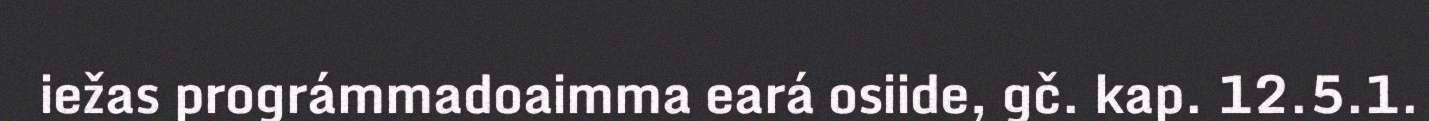
iežas prográmmadoaimma eará osiide, gč. kap. 12.5.1.